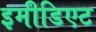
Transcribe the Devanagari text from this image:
इमीडिएट